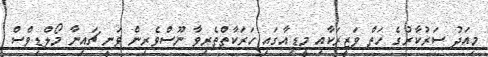
މިއަދު ސަރުކާރުގެ ހަތް ވަޒީރަކާއި މީޑިއާގައި ހަރަކާތްތެރިވާ ނޫސްވެރިން ވަނީ ޗައިނާ މޯލްޑިވްސް